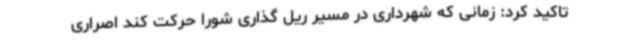
تاکید کرد: زمانی که شهرداری در مسیر ریل گذاری شورا حرکت کند اصراری